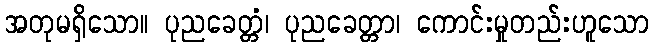
အတုမရှိသော။ ပုညခေတ္တံ၊ ပုညခေတ္တာ၊ ကောင်းမှုတည်းဟူသော